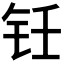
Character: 𬬯